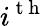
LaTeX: \textit{i}^{\mathrm{~t~h~}}